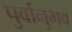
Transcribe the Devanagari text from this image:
पुर्वानुभव